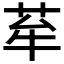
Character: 𦭷